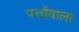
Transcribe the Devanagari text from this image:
पत्तोंवाला